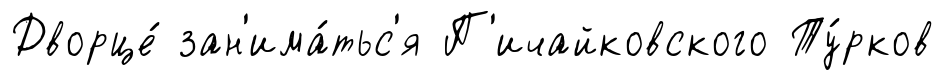
Дворце́ зан'има́тьс'я П'ичайковского Ту́рков